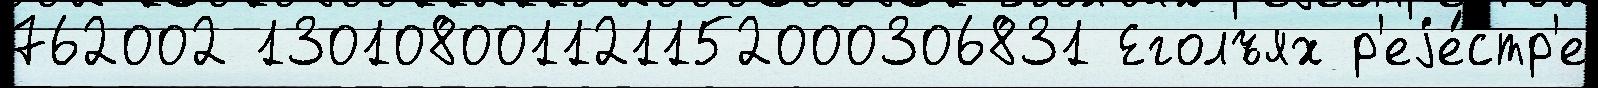
762002 130108001121152000306831 Еголъях р'еjе́стр'е